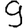
Digit: 9